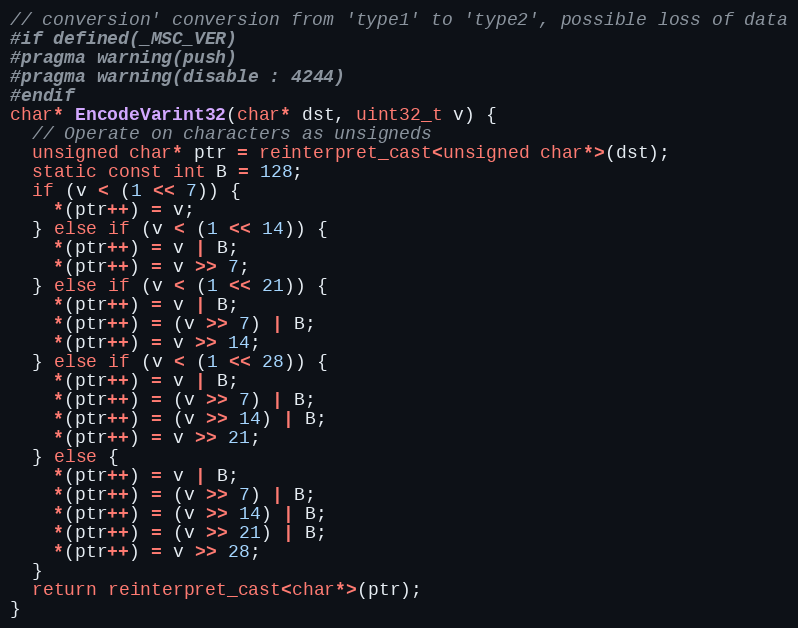
Language: C++
// conversion' conversion from 'type1' to 'type2', possible loss of data
#if defined(_MSC_VER)
#pragma warning(push)
#pragma warning(disable : 4244)
#endif
char* EncodeVarint32(char* dst, uint32_t v) {
  // Operate on characters as unsigneds
  unsigned char* ptr = reinterpret_cast<unsigned char*>(dst);
  static const int B = 128;
  if (v < (1 << 7)) {
    *(ptr++) = v;
  } else if (v < (1 << 14)) {
    *(ptr++) = v | B;
    *(ptr++) = v >> 7;
  } else if (v < (1 << 21)) {
    *(ptr++) = v | B;
    *(ptr++) = (v >> 7) | B;
    *(ptr++) = v >> 14;
  } else if (v < (1 << 28)) {
    *(ptr++) = v | B;
    *(ptr++) = (v >> 7) | B;
    *(ptr++) = (v >> 14) | B;
    *(ptr++) = v >> 21;
  } else {
    *(ptr++) = v | B;
    *(ptr++) = (v >> 7) | B;
    *(ptr++) = (v >> 14) | B;
    *(ptr++) = (v >> 21) | B;
    *(ptr++) = v >> 28;
  }
  return reinterpret_cast<char*>(ptr);
}